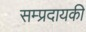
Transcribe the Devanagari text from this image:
सम्प्रदायकी